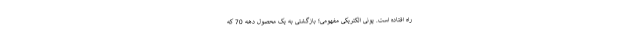
راه افتاده است. پونی الکتریکی مفهومی؛ بازگشتی به یک محصول دهه 70 که